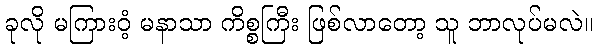
ခုလို မကြားဝံ့ မနာသာ ကိစ္စကြီး ဖြစ်လာတော့ သူ ဘာလုပ်မလဲ။